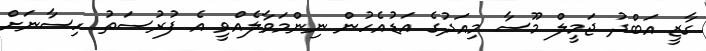
ގާޒީ އަބްދު ޖަމީލް މޫސާ މިއަދުގެ އަޑުއެހުން ނިންމަވާލެއްވީ އެ ފުރުސަތު ހިސާނަށް